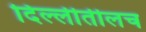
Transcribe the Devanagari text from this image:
दिल्लीतीलच